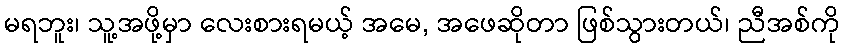
မရဘူး၊ သူ့အဖို့မှာ လေးစားရမယ့် အမေ, အဖေဆိုတာ ဖြစ်သွားတယ်၊ ညီအစ်ကို